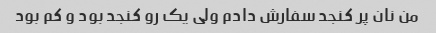
من نان پر کنجد سفارش دادم ولی یک رو کنجد بود و کم بود